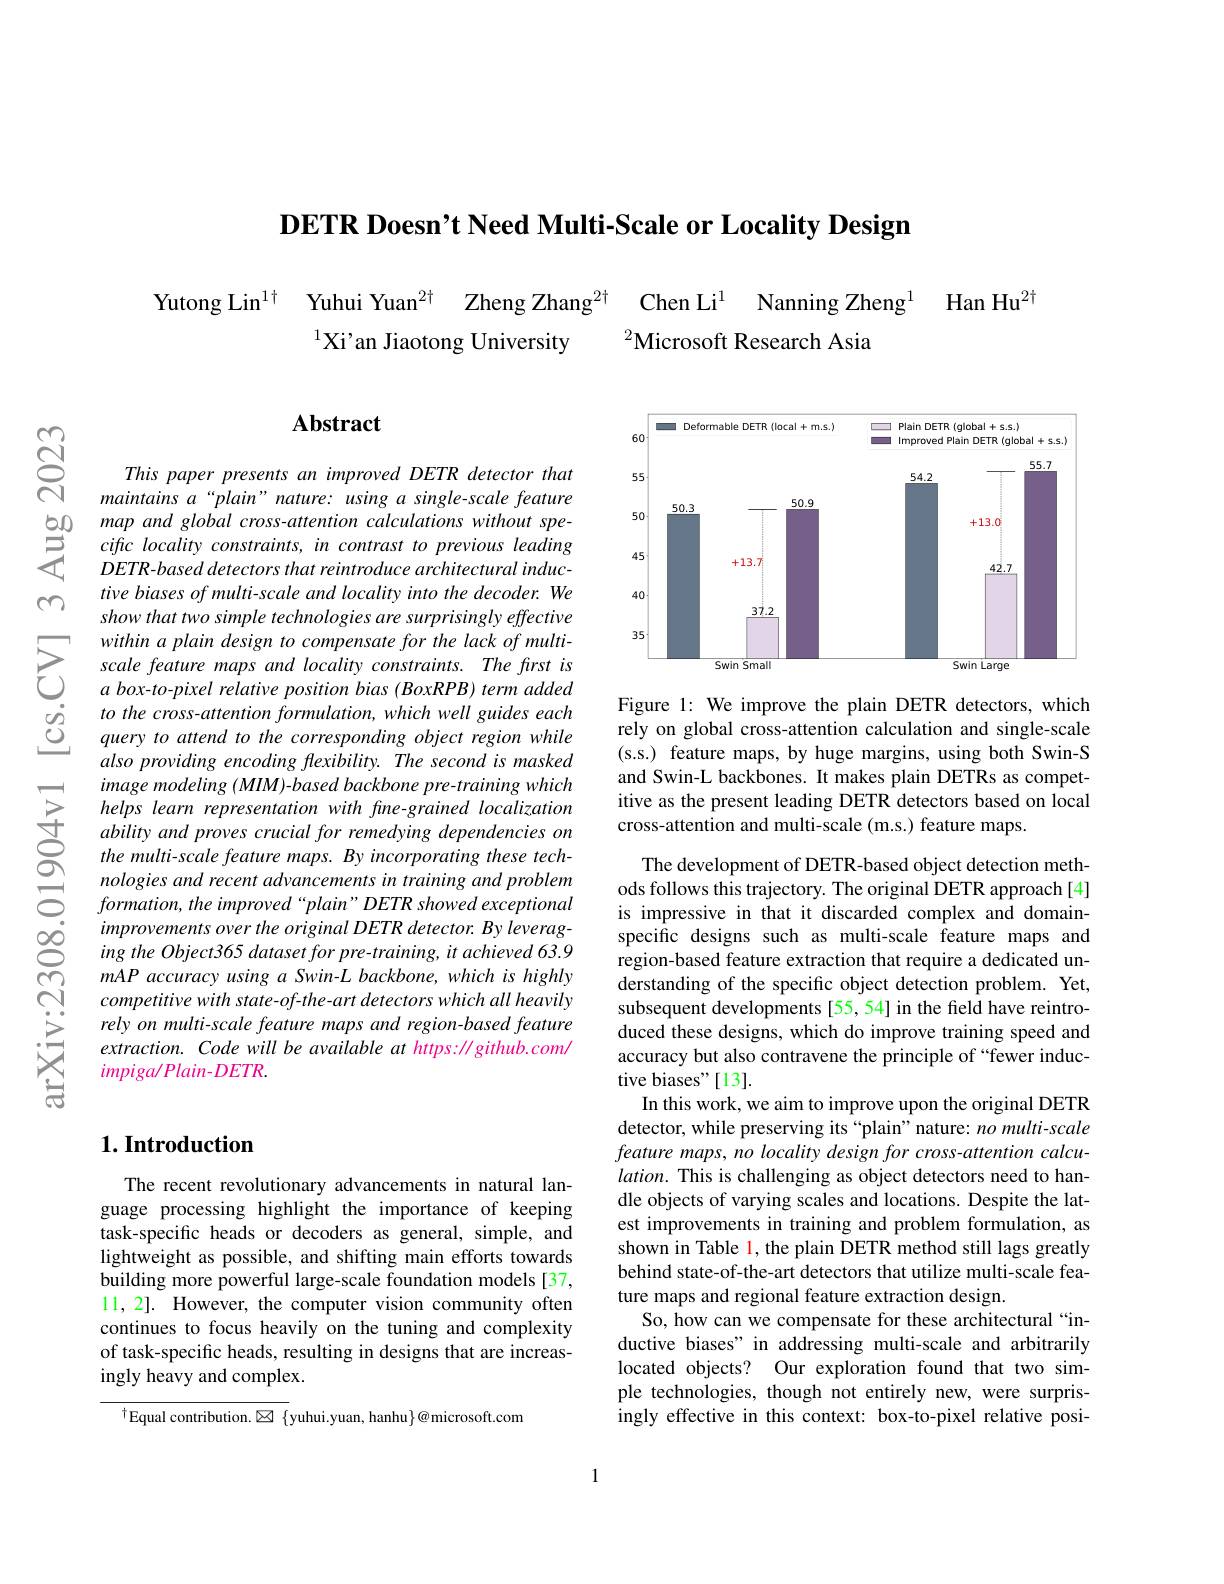
DETR Doesn't Need Multi-Scal

Yutong Lin$^{1\dagger}$ Yuhui Yuan$^{2\dagger}$ Zheng Zhang$^{2\dagger}$ Chen Li$^{1}$ Nanning Zheng$^{1}$
$^2$Microsoft Research Asia
$^{1}$Xi'an Jiaotong Univers

Han Hu$^{2\dagger}$

cn

$ଝୁ$

## $\mathbf{Abstract}$

This paper presents an impro maintains a“plain” nature: using a single- scale feature
$\begin{array}{lll}{\mathrm{b0}}&{\mathrm{map~and~global~cross-attention~calculations~without~spe-}}\\{\mathrm{5}}&{\mathrm{ciffc~locality~constraints,~in~contrast~to~previous~leading}}\\{\mathrm{C}}&{\mathrm{DETR-based~detectors~that~reintroduce~architectural~induc-}}\end{array}$
tive biases of multi-scale a show that two simple technol
$\sum_{\begin{array}{ccc}&\text{within a plain d}\end{array}}$ $\begin{array}{ccc}\dot{g}&to\:the\:cross-attention\:formulation,\:which\:well\:guides\:each\\\underline{Q}&query\:to\:attend\:to\:the\:corresponding\:object\:region\:while\end{array}$
also providing encoding flex image modeling (MIM)-based b helps learn representation w ability and proves crucial f the multi-scale feature maps. By incorporating these technologies and recent advancem $formation,the$ improved“plain”DETR showed exceptional improvements over the origin ing the Object365 dataset fo mAP accuracy using a Swin-L backbone, which is highly competitive with state-of-the-art detectors which all heavily rely on multi-scale feature maps and region-based feature extraction. Code will be available at https: //github.com/ $impiga/Plain-DETR.$

## $1. \textbf{Introduction}$

The recent revolutionary advancements in natural language processing highlight the importance of keeping task-specific heads or decoders as general, simple, and lightweight as possible, and shifting main efforts towards building more powerful large-scale foundation models [37, 11,2]. However, the computer vision community often continues to focus heavily on the tuning and complexity of task-specific heads, resulting in designs that are increasingly heavy and complex.

$^{\dagger}$Equal contribution.$\boxtimes$ {yuhui.yuan, hanhu}$\}@$microsoft.com

<FigureHere>

Figure 1: We improve the plain DETR detectors, which rely on global cross-attention calculation and single-scale (s.s.) feature maps, by huge margins, using both Swin-S and Swin-L backbones. It makes plain DETRs as competitive as the present leading DETR detectors based on local cross-attention and multi-scale (m.s.) feature maps.

The development of DETR-based object detection methods follows this trajectory. The original DETR approach[4] is impressive in that it discarded complex and domainspecific designs such as mul region-based feature extraction that require a dedicated understanding of the specific subsequent developments [55, 54] in the field have reintroduced these designs, which do improve training speed and accuracy but also contravene tive biases"[13].
In this work, we aim to impr detector, while preserving its “plain”nature: no multi-scale feature maps, no locality de lation. This is challenging dle objects of varying scale est improvements in training shown in Table l, the plain behind state-of-the-art dete ture maps and regional featu
So, how can we compensate for these architectural “inductive biases" in addressin located objects? Our exploration found that two simple technologies, though not ingly effective in this cont

1